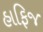
હાફિજ